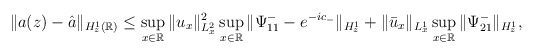
\begin{align*}\begin{aligned}\|a(z)-\hat{a}\|_{H_z^1(\mathbb{R})}&\leq \sup_{x\in \mathbb{R}} \| u_x \|_{L^2_x}^2\sup_{x\in \mathbb{R}} \| \Psi^-_{11}-e^{-ic_-}\|_{H_z^1} +\|\bar{u}_x \|_{L^1_x} \sup_{x\in \mathbb{R}} \| \Psi^-_{21}\|_{H_z^1},\end{aligned}\end{align*}